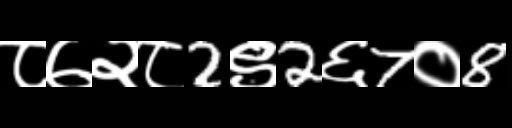
Text: ८७२८2९2६7०8